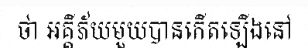
ថា អគ្គីភ័យមួយបានកើតឡើងនៅ